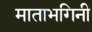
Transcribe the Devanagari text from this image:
माताभगिनी